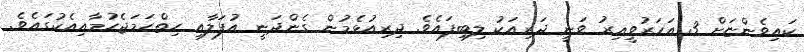
ކައިވެންޏަށް 3 އަހަރުވީއިރު ވަނީ ދަރިއަކު ލިބިފައެވެ. ދިރިއުޅެމުން ގެންދަނީ އުފަލާއި ހިތްހަމަޖެހުމާއިއެކުގައެވެ.